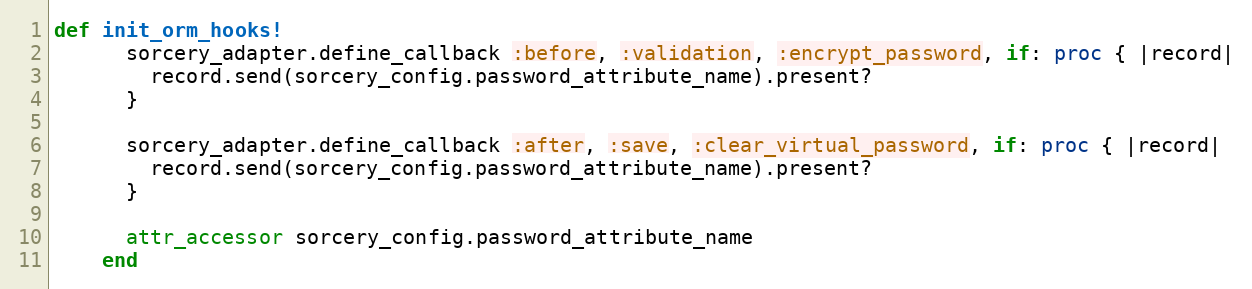
Language: Ruby
def init_orm_hooks!
      sorcery_adapter.define_callback :before, :validation, :encrypt_password, if: proc { |record|
        record.send(sorcery_config.password_attribute_name).present?
      }

      sorcery_adapter.define_callback :after, :save, :clear_virtual_password, if: proc { |record|
        record.send(sorcery_config.password_attribute_name).present?
      }

      attr_accessor sorcery_config.password_attribute_name
    end